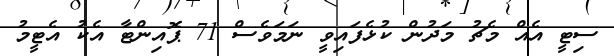
ސިޓީ އެއް މެޗު މަދުން ކުޅެފައިވީ ނަމަވެސް 71 ޕޮއިންޓާ އެކު އެޓީމު